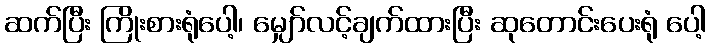
ဆက်ပြီး ကြိုးစားရုံပေါ့၊ မျှော်လင့်ချက်ထားပြီး ဆုတောင်းပေးရုံ ပေါ့